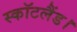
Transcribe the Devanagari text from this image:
स्कॉटलैंड।